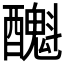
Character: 𨣫